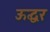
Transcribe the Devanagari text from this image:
ऊद्धर